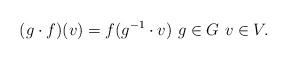
LaTeX: \begin{align*}(g\cdot f)(v)=f(g^{-1}\cdot v)\ g\in G\ v\in V.\end{align*}